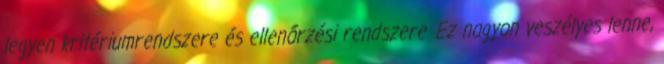
legyen kritériumrendszere és ellenőrzési rendszere. Ez nagyon veszélyes lenne,